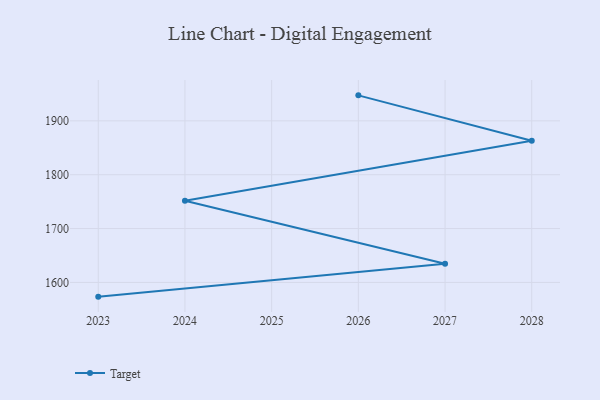
{"axis": {"x": "Year", "y": "Customer Acquisition Cost (USD)"}, "legend": ["Target"], "data": [{"x": "2026", "y": 1947.3, "type": "Target"}, {"x": "2028", "y": 1863.1, "type": "Target"}, {"x": "2024", "y": 1751.5, "type": "Target"}, {"x": "2027", "y": 1634.6, "type": "Target"}, {"x": "2023", "y": 1573.6, "type": "Target"}]}